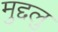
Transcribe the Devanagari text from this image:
मुद्दलु